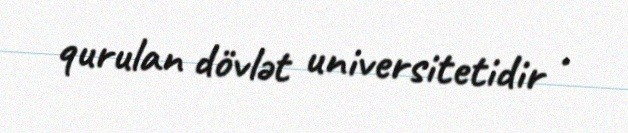
qurulan dövlət universitetidir .